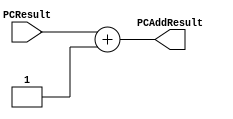
`timescale 1ns / 1ps

////////////////////////////////////////////////////////////////////////////////
// ECE369 - Computer Architecture
// Laboratory  
// Module - PCAdder.v
// Description - 32-Bit program counter (PC) adder.
// 
// INPUTS:-
// PCResult: 32-Bit input port.
// 
// OUTPUTS:-
// PCAddResult: 32-Bit output port.
//
// FUNCTIONALITY:-
// Design an incrementor (or a hard-wired ADD ALU whose first input is from the 
// PC, and whose second input is a hard-wired 4) that computes the current 
// PC + 4. The result should always be an increment of the signal 'PCResult' by 
// 4 (i.e., PCAddResult = PCResult + 4).
////////////////////////////////////////////////////////////////////////////////

module PCAdder(PCResult, PCAddResult);

    input [31:0] PCResult;

    output [31:0] PCAddResult; 

    assign PCAddResult = PCResult + 1;


endmodule